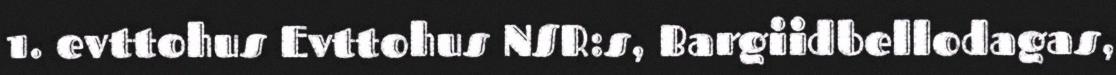
1. evttohus Evttohus NSR:s, Bargiidbellodagas,